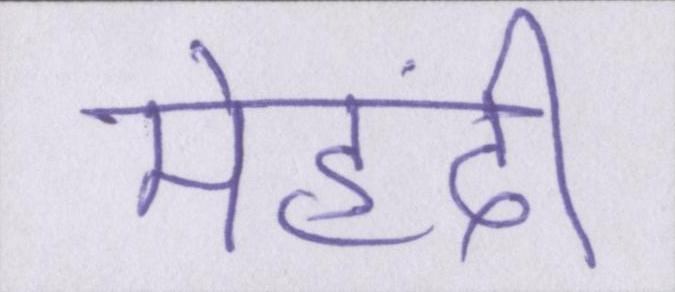
मेहंदी